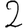
Digit: 2